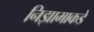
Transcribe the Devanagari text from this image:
निझामाकडे